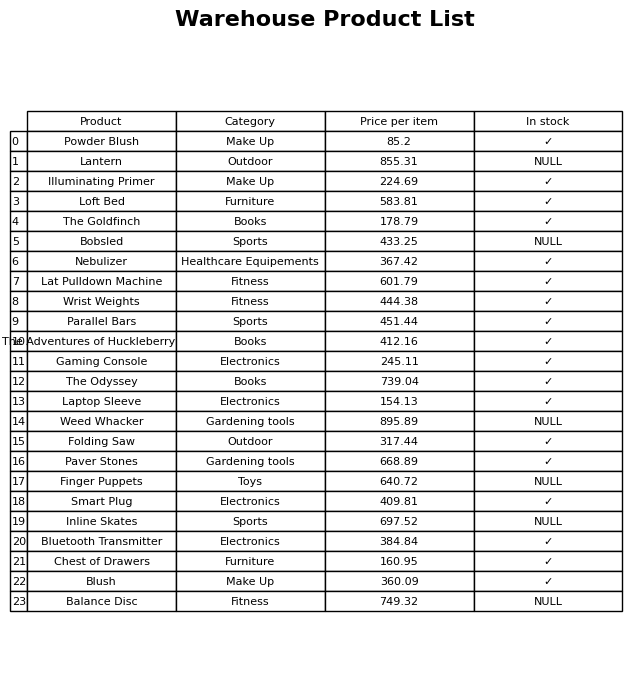
question: What is the price for Weed Whacker?
answer: The price of Weed Whacker is 895.89.